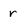
Character: r